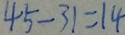
4 5 - 3 1 = 1 4